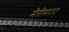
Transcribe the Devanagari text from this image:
मैरीमाउंट